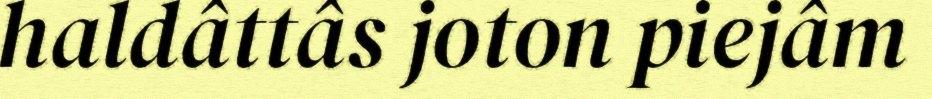
haldâttâs joton piejâm